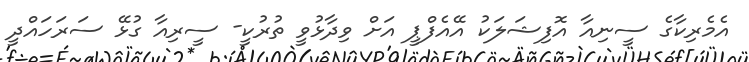
އެމެރިކާގެ ސީނިއާ އޮފިޝަލަކު އޭއެފްޕީ އަށް ވިދާޅުވީ ތުރުކީ- ސީރިއާ ގުޅޭ ސަރަހައްދީ